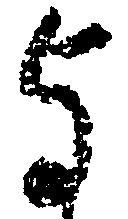
与